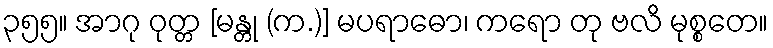
၃၅၅။ အာဂု ဝုတ္တ [မန္တု (က.)] မပရာဓော၊ ကရော တု ဗလိ မုစ္စတေ။